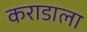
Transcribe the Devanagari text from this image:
कराडाला